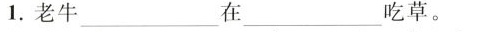
1.老牛___在___吃草。